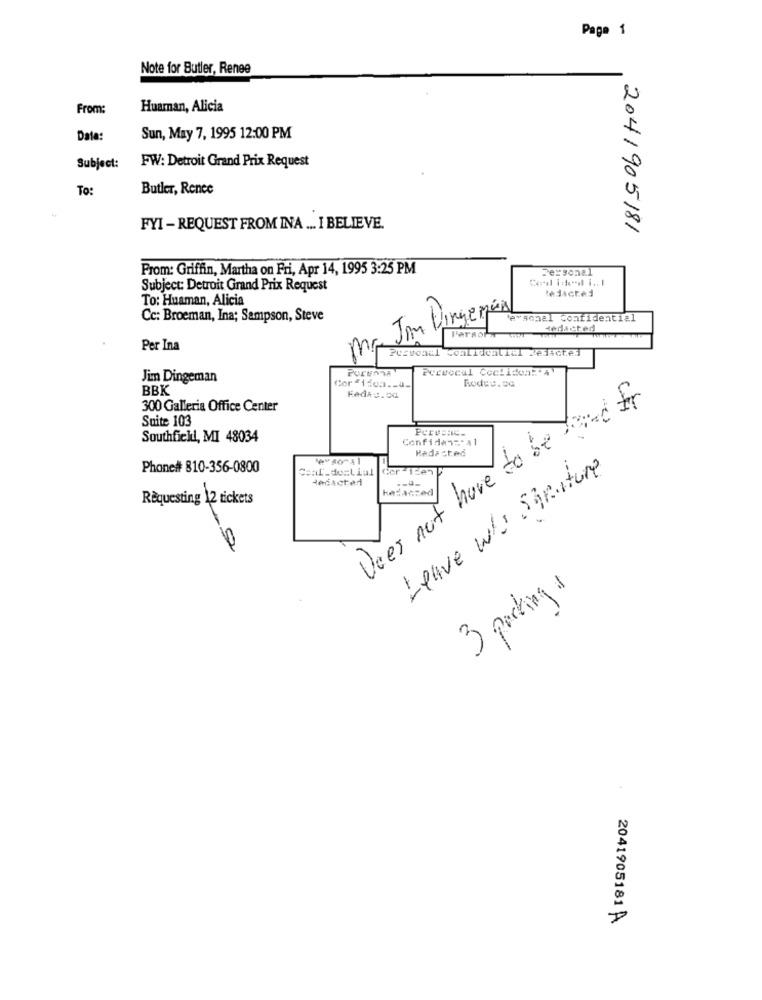
Page 1
Note for Butler, Renee
From:
Huarnan, Alicia
Date:
Sun, May 7, 1995 12:00 PM
FW: Detroit Grand Prix Request
Subject:
To:
Butler, Rence
FYI - REQUEST FROM INA ... I BELIEVE.
2041905181
From: Griffin, Martha on Fri, Apr 14, 1995 3:25 PM
Personal
Subject: Detroit Grand Prix Request
thdicted
To: Huaman, Alicia
Im Dingerés
Cc: Broeman, Ina; Sampson, Steve
'ersonal confidential
Per Ina
ma
ecceccal Coolideal'a
Jim Dingeman
Rodes.Da
BBK
Does not have to be for
300 Galleria Office Center
Suite 103
Southfickl, MI 48034
Confidens: 41
Redacted
Phone# 810-356-0800
Csal_degliul
Cor -15en
Leave who Struture
Redacted
kazaczed
Requesting 12 tickets
3 packing
2041905181 A